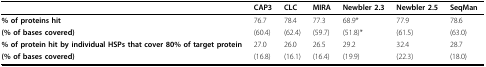
<table><thead><tr><td></td><td><b>CAP3</b></td><td><b>CLC</b></td><td><b>MIRA</b></td><td><b>Newbler 2.3</b></td><td><b>Newbler 2.5</b></td><td><b>SeqMan</b></td></tr></thead><tbody><tr><td><b>% of proteins hit</b></td><td>76.7</td><td>78.4</td><td>77.3</td><td>68.9*</td><td>77.9</td><td>78.6</td></tr><tr><td><b>(% of bases covered)</b></td><td>(60.4)</td><td>(62.4)</td><td>(59.7)</td><td>(51.8)*</td><td>(61.5)</td><td>(63.0)</td></tr><tr><td><b>% of protein hit by individual HSPs that cover 80% of target protein</b></td><td>27.0</td><td>26.0</td><td>26.5</td><td>29.2</td><td>32.4</td><td>28.7</td></tr><tr><td><b>(% of bases covered)</b></td><td>(16.8)</td><td>(16.1)</td><td>(16.4)</td><td>(19.9)</td><td>(22.3)</td><td>(18.0)</td></tr></tbody></table>